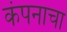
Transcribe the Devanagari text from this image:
कंपनाचा